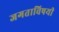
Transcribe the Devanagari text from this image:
जगताविषयी